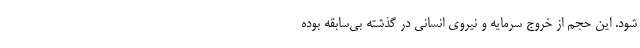
شود. این حجم از خروج سرمایه و نیروی انسانی در گذشته بی‌سابقه بوده